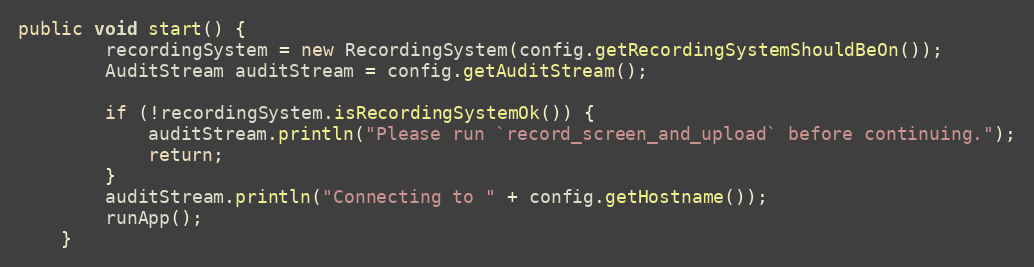
Language: Java
public void start() {
        recordingSystem = new RecordingSystem(config.getRecordingSystemShouldBeOn());
        AuditStream auditStream = config.getAuditStream();

        if (!recordingSystem.isRecordingSystemOk()) {
            auditStream.println("Please run `record_screen_and_upload` before continuing.");
            return;
        }
        auditStream.println("Connecting to " + config.getHostname());
        runApp();
    }